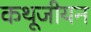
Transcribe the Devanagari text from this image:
कथूजीयन